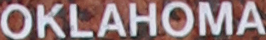
OKLAHOMA